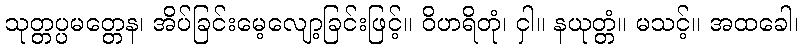
သုတ္တပ္ပမတ္တေန၊ အိပ်ခြင်းမေ့လျော့ခြင်းဖြင့်။ ဝိဟရိတုံ၊ ငှါ။ နယုတ္တံ။ မသင့်။ အထခေါ၊